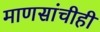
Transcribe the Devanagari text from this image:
माणसांचीही